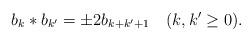
LaTeX: \begin{align*}b_{k}*b_{k'}=\pm 2b_{k+k'+1}\quad(k,k'\ge0).\end{align*}